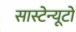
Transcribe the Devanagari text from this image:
सास्टेन्यूटो